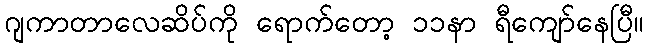
ဂျကာတာလေဆိပ်ကို ရောက်တော့ ၁၁နာ ရီကျော်နေပြီ။